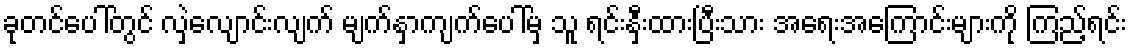
ခုတင်ပေါ်တွင် လှဲလျောင်းလျက် မျက်နှာကျက်ပေါ်မှ သူ ရင်းနှီးထားပြီးသား အရေးအကြောင်းများကို ကြည့်ရင်း